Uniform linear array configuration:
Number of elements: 64
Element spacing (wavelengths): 1
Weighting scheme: exponential
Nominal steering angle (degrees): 60
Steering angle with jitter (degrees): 60.556
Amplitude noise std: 0.05
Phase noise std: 0.05

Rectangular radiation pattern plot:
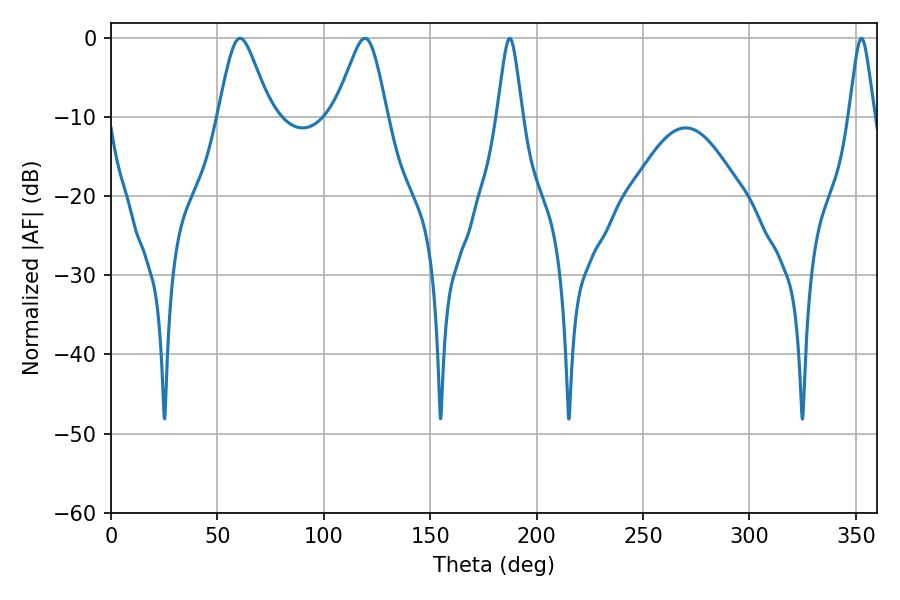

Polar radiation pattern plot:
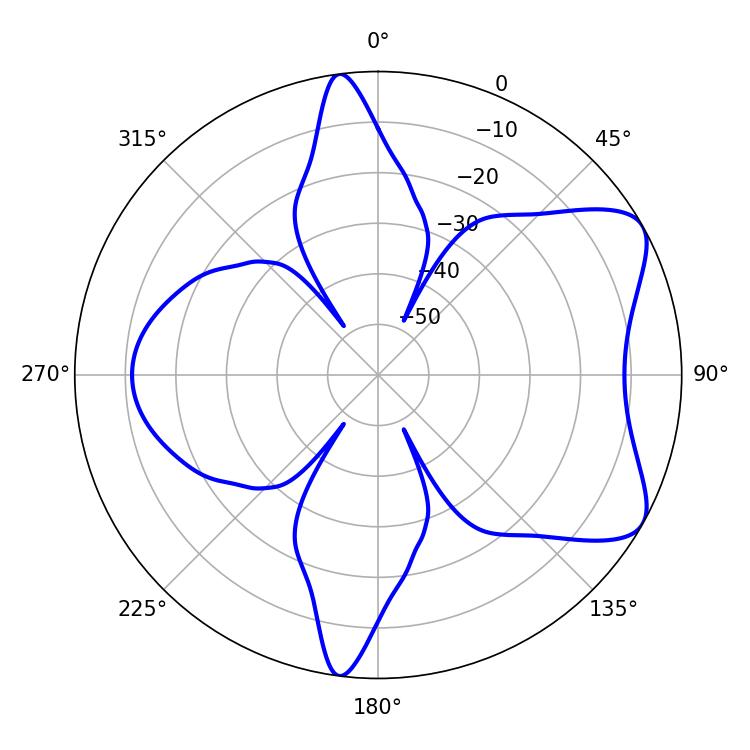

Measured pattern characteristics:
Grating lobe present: TRUE
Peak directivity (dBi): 7.03
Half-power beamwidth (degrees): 11.88
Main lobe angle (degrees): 60.66